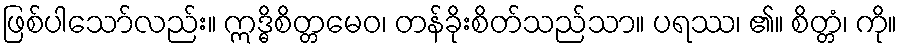
ဖြစ်ပါသော်လည်း။ ဣဒ္ဓိစိတ္တမေဝ၊ တန်ခိုးစိတ်သည်သာ။ ပရဿ၊ ၏။ စိတ္တံ၊ ကို။